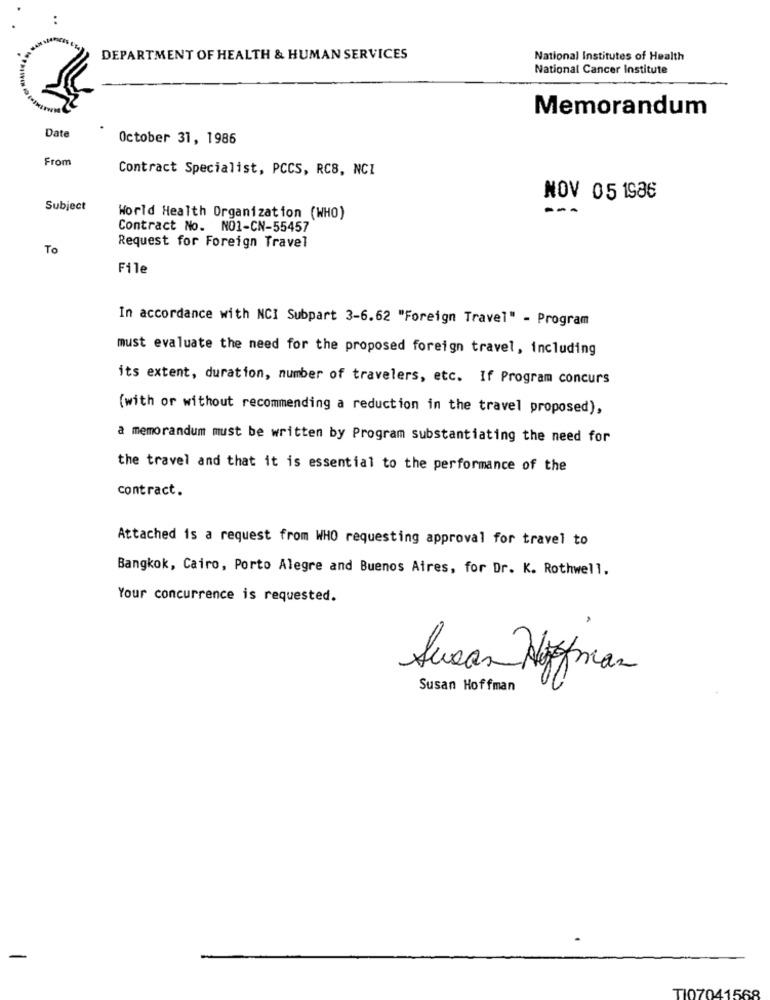
..
DEPARTMENT OF HEALTH & HUMAN SERVICES
National Institutes of Health
National Cancer Institute
Memorandum
Date
October 31, 1986
From
Contract Specialist, PCCS, RCS, NCI
NOV 05 1986
Subject
---
World Health Organization (WHO)
Contract No. NO1-CN-55457
To
Request for Foreign Travel
File
In accordance with NCI Subpart 3-6.62 "Foreign Travel" - Program
must evaluate the need for the proposed foreign travel, including
its extent, duration, number of travelers, etc. If Program concurs
(with or without recommending a reduction in the travel proposed),
a memorandum must be written by Program substantiating the need for
the travel and that it is essential to the performance of the
contract.
Attached is a request from WHO requesting approval for travel to
Bangkok, Cairo, Porto Alegre and Buenos Aires, for Dr. K. Rothwell,
Your concurrence is requested.
Susan Hofman
Susan Hoffman
TI07041568